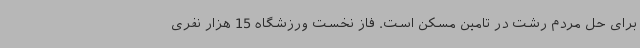
برای حل مردم رشت در تامین مسکن است. فاز نخست ورزشگاه 15 هزار نفری